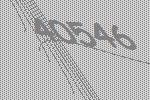
40546